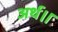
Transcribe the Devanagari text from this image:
अर्थ।।